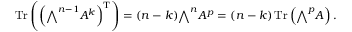
\operatorname { T r } \left( \left( { \textstyle \bigwedge } ^ { n - 1 } A ^ { k } \right) ^ { \mathrm { T } } \right) = ( n - k ) { \textstyle \bigwedge } ^ { n } A ^ { p } = ( n - k ) \operatorname { T r } \left( { \textstyle \bigwedge } ^ { p } A \right) .